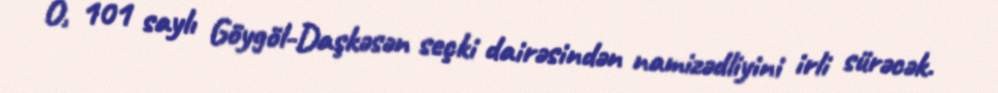
O, 101 saylı Göygöl-Daşkəsən seçki dairəsindən namizədliyini irli sürəcək.